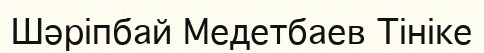
Шәріпбай Медетбаев Тініке